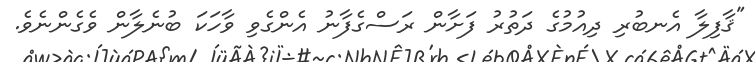
"ޤާފިލާ އެނބުރި ދިއުމުގެ ދަތުރު ފަށާން ރަސްގެފާނު އެންގެވި ވާހަކަ ބުނެލާން ވެގެންނެވެ.